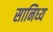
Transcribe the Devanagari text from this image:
सानिध्‍य